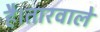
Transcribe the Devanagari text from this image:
है।तारवाले